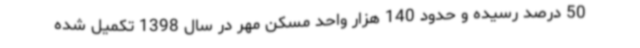
50 درصد رسیده و حدود 140 هزار واحد مسکن مهر در سال 1398 تکمیل شده